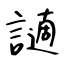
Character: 讁